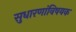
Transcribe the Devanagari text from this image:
सुधारणांविषयक